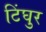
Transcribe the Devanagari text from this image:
टिंघुर